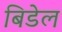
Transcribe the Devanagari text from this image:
बिडेल